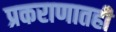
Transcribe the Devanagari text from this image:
प्रकराणातही